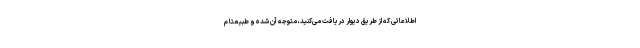
اطلاعاتی که از طریق دیوار دریافت می‌کنید، متوجه آن شده و طبیعتا م